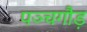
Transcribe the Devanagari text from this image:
पञ्चगौड़